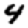
Digit: 4